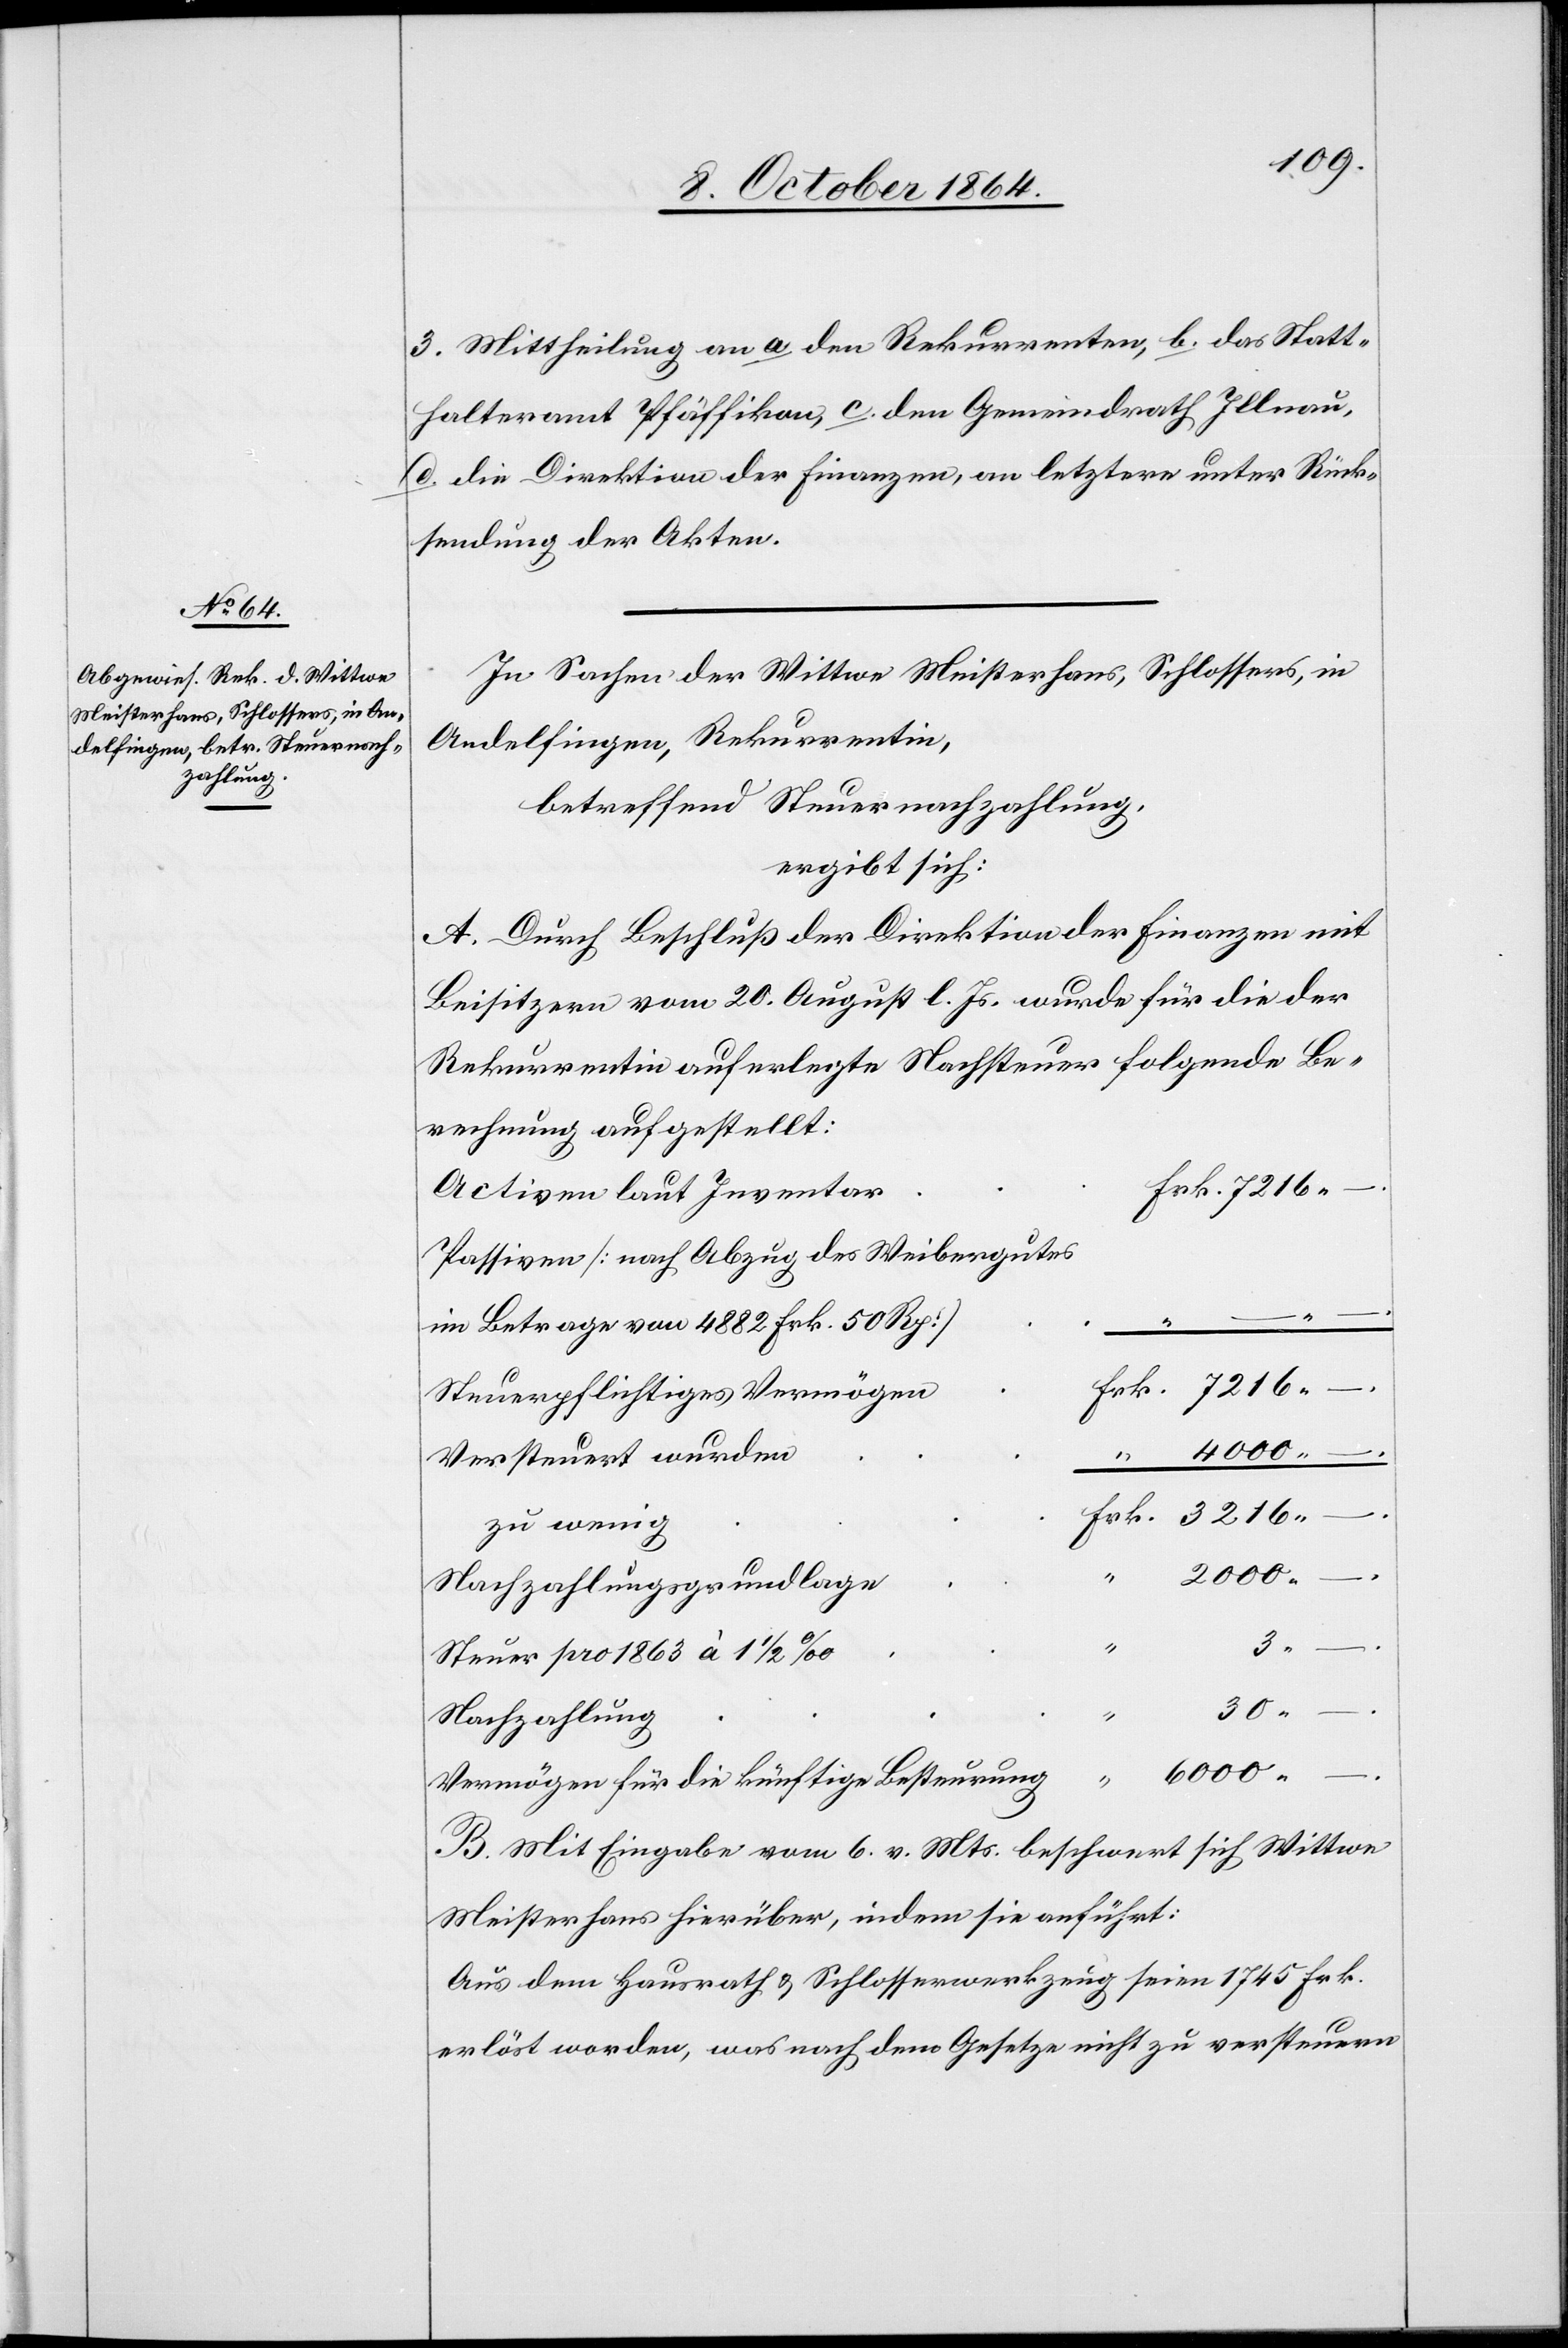
3. Mittheilung an a.) den Rekurrenten, b.) das Statt¬
halteramt Pfäffikon, c.) den Gemeindrath Illnau,
d.) die Direktion der Finanzen, an letztere unter Rück¬
sendung der Akten.
In Sachen der Wittwe Meisterhans, Schlossers, in
Andelfingen, Rekurrentin,
betreffend Steuernachzahlung,
ergibt sich:
A. Durch Beschluß der Direktion der Finanzen mit
Beisitzern vom 20. August l. Js. wurde für die der
Rekurrentin auferlegte Nachsteuer folgende Be¬
rechnung aufgestellt:
Activen laut Inventar
Passiven [nach Abzug des Weibergutes
im Betrage von 4882 Frk. 50 Rp.]
– . –
Steuerpflichtiges Vermögen
Versteuert wurden
“
zu wenig
2000. –
Frk.
Nachzahlungsgrundlage
3.
Steuer pro 1863 à 1 1/2 ‰
30.
–
Nachzahlung
6000.
Vermögen für die künftige Besteurung
–
B. Mit Eingabe vom 6. v. Mts. beschwert sich Wittwe
Meisterhans hierüber, indem sie anführt:
Aus dem Hausrath & Schlosserwerkzeug seien 1745 Frk.
erlöst worden, was nach dem Gesetze nicht zu versteuern